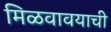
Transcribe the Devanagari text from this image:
मिळवावयाची